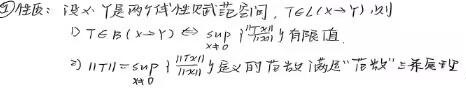
性质：设 \(X,Y\) 是两赋范线性空间，\(T\in\mathcal{L}(X\to Y)\)，则
1) \(T\in\mathcal{B}(X\to Y)\Leftrightarrow\sup_{\substack{x\in X\\x\neq 0}}\left\|\frac{T(x)}{\|x\|}\right\|\) 有有限值.
2) \(\|T\|=\sup_{\substack{x\in X\\x\neq 0}}\left\|\frac{T(x)}{\|x\|}\right\|\) 定义的范数 \( \) 满足 “范数三公理” 且满足